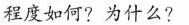
程度如何?为什么?